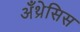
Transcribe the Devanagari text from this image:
अँथ्रेसिस